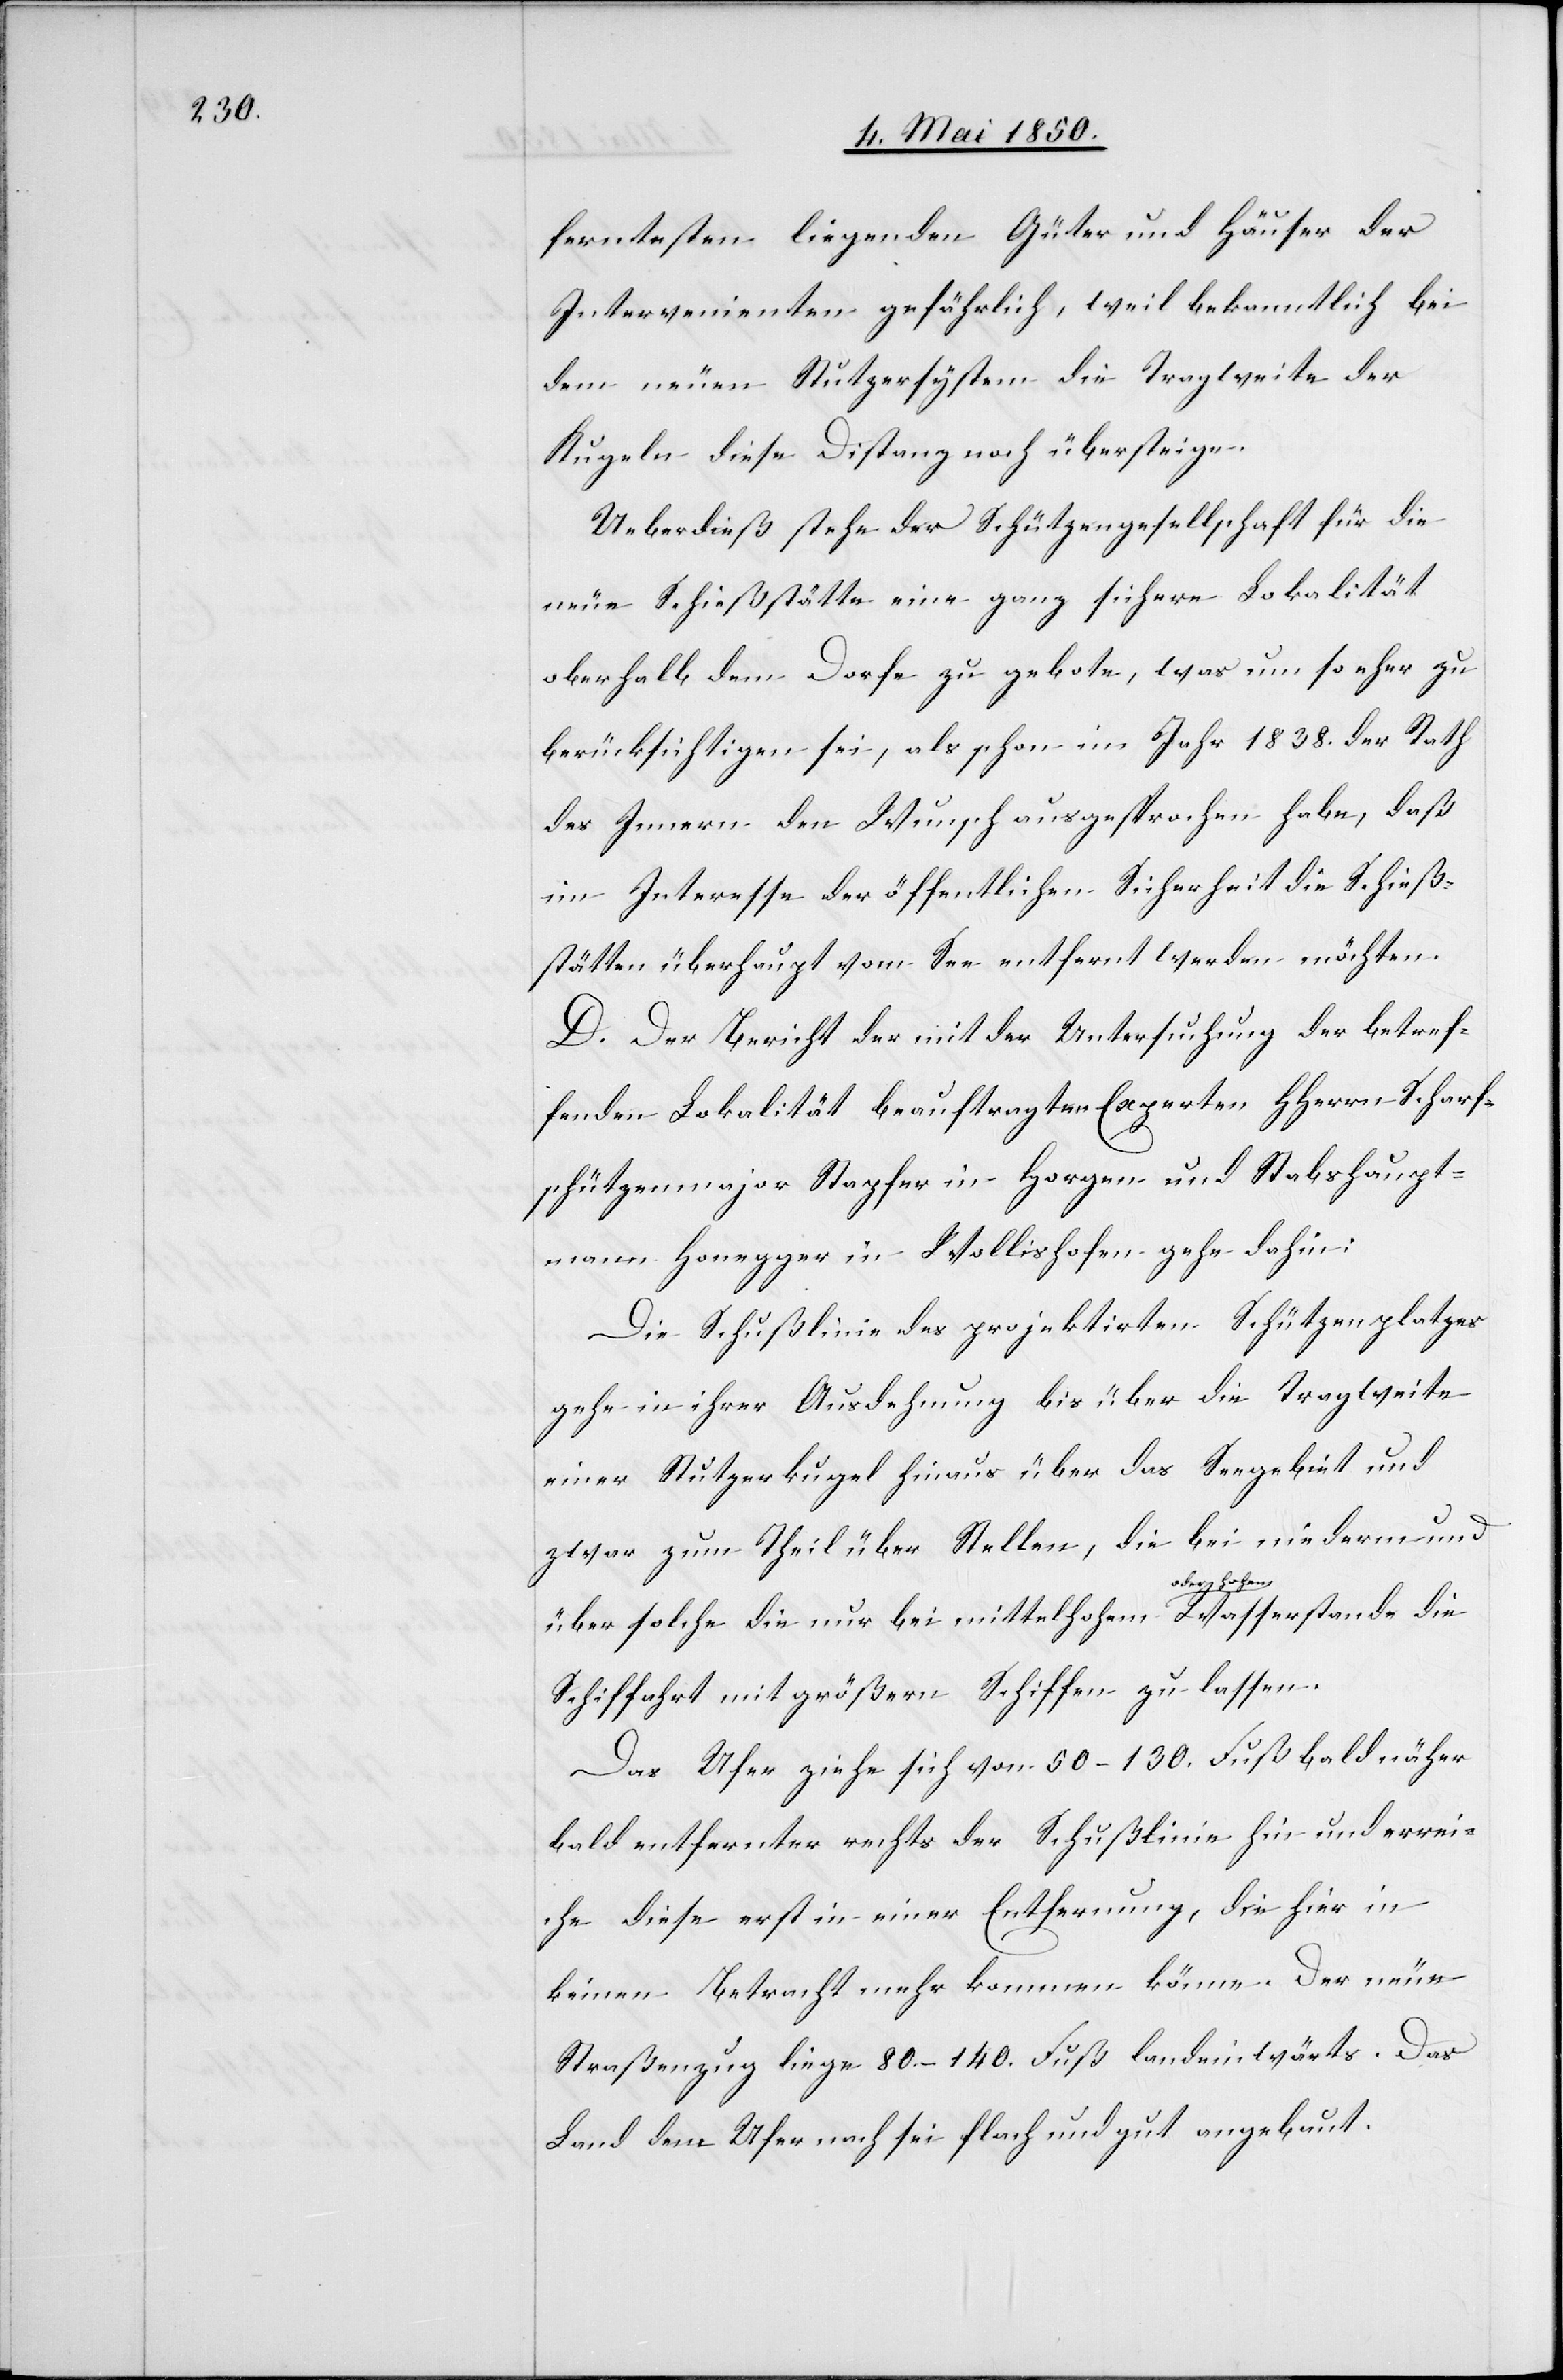
ferntesten liegenden Güter und Häuser der
Intervenienten gefährlich, weil bekanntlich bei
dem neuen Stutzersystem die Tragweite der
Kugeln diese Distanz noch übersteige.
Ueberdieß stehe der Schützengesellschaft für die
neue Schießstätte eine ganz sichere Lokalität
oberhalb dem Dorfe zu gebote, was um so eher zu
berücksichtigen sei, als schon im Jahr 1838. der Rath
des Innern den Wunsch ausgesprochen habe, daß
im Interesse der öffentlichen Sicherheit die Schieß¬
stätten überhaupt vom See entfernt werden möchten.
D. Der Bericht der mit der Untersuchung der betref¬
fenden Lokalität beauftragten Experten HHerrn Scharf¬
schützenmajor Stapfer in Horgen und Stabshaupt¬
mann Honegger in Wollishofen gehe dahin:
Die Schußlinie des projektirten Schützenplatzes
gehe in ihrer Ausdehnung bis über die Tragweite
einer Stutzerkugel hinaus über das Seegebiet und
zwar zum Theil über Stellen, die bei niederm und
über solche die nur bei mittelhohem oder hohem Wasserstande die
Schiffahrt mit größern Schiffen zulassen.
Das Ufer ziehe sich von 50–130. Fuß bald näher
bald entfernter rechts der Schußlinie hin und errei¬
che diese erst in einer Entfernung, die hier in
keinen Betracht mehr kommen könne. Der neue
Straßenzug liege 80.–140. Fuß landeinwärts. Das
Land dem Ufer nach sei flach und gut angebaut.